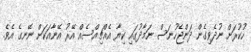
ހުކުރަށް ނުދެވިގެން ދަންޖެހުނަސް ނަމާދުގައި ކިޔާ އެއްޗިއްސެއް އޭރު އޭނާއަކަށް ނޭނގެ އެވެ.